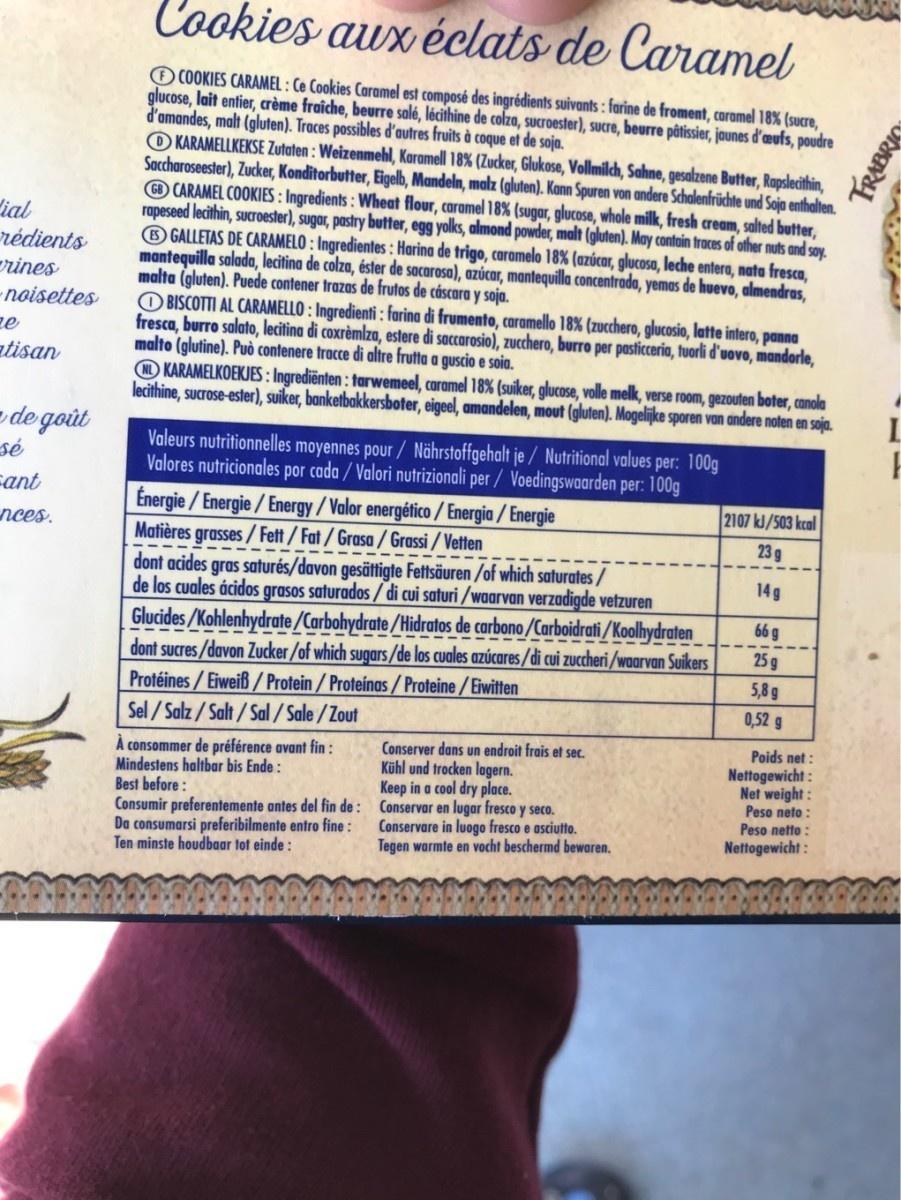
Cookies aux éclats de Caramel
O C0OKIES CARAMEL : Ce Cookies Caramel est composé des ingrédients suivants : farine de froment, caramel 18% (sucre, glucose, lait entier, crème fraîche, beurre salé, lécithine de colza, sucroester), sucre, beurre pâtissier, jaunes d'æufs, poudre d'amandes, malt (gluten). Traces possibles d'autres fruits à coque et de soja. O KARAMELLKEKSE Zutaten : Weizenmehl, Karamell 18% (Zucker, Glukose, Vollmilch, Sahne, gesalzene Butter, Rapslecithin, Saccharoseester), Zucker, Konditorbutter, Eigelb, Mandeln, malz (gluten). Kann Spuren von andere Schalenfrüchte und Soja enthalten. O CARAMEL COOKIES : Ingredients : Wheat flour, caramel 18% (sugar, glucose, whole milk, fresh cream, salted butter, rapeseed lecithin, sucroester), sugar, pastry butter, egg yolks, almond powder, malt (gluten). May contoin traces of other nuts and soy. 6 GALLETAS DE CARAMELO : Ingredientes : Harina de trigo, caromelo 18% (azúcar, glucosa, leche entera, nata fresca, mantequilla salada, lecitina de colza, éster de sacarosa), azúcar, mantequilla concentrada, yemas de huevo, almendras, malta (gluten). Puede contener trazas de frutos de cáscara y soja. OBISCOTTI AL CARAMELLO : Ingredienti : farina di frumento, caramello 18% (zucchero, glucosio, latte intero, panna fresca, burro salato, lecitina di coxrèmlza, estere di saccarosio), zucchero, burro per pasticceria, tuorli d'uovo, mandorle, malto (glutine). Può contenere tracce di altre frutta a guscio e soia. O KARAMELKOEKJES: Ingrediënten : tarwemeel, caramel 18% (suiker, glucose, volle melk, verse room, gezouten boter, canola lecithine, sucrose-ester), suiker, banketbakkersboter, eigeel, amandelen, mout (gluten). Mogelijke sporen van andere noten en soja.
ial rédients rines -noisettes ze
atisan
- de goût sé cant
Valeurs nutritionnelles moyennes pour/ Nährstoffgehalt je / Nutritional values per: 100g Valores nutricionales por cada / Valori nutrizionali per / Voedingswaarden per: 100g
Energie / Energie/Energy/Valor energético /Energia / Energie Matières grasses/ Fett/ Fat/Grasa / Grassi / Vetten dont acides gras saturés/davon gesättigte Fettsäuren /of which saturates/ de los cuales ácidos grasos saturados / di cui saturi /waarvan verzadigde vetzuren Glucides/Kohlenhydrate /Carbohydrate/Hidratos de carbono /Carboidrati /Koolhydraten dont sucres/davon Zucker/of which sugars/de los cuales azúcares/di cui zuccheri /waarvan Suikers Protéines / Eiweiß / Protein/Proteinas/Proteine/Eiwitten Sel / Salz / Salt / Sal / Sale / Zout
2107 kJ/503 kcal
nces.
23 g
14g
66 g
25 g
5,8 g
0,52 g
Conserver dans un endroit frais et sec. Kühl und trocken lagern. Keep in a cool dry place.
Poids net :
À consommer de préférence avant fin : Mindestens haltbar bis Ende : Best before : Consumir preferentemente antes del fin de : Conservar en lugar fresco y seco. Da consumarsi preferibilmente entro fine: Ten minste houdbaar tot einde :
Nettogewicht : Net weight : Peso neto : Peso netto :
Conservare in luogo fresco e asciutto. Tegen warmte en vocht beschermd bewaren.
Nettogewicht :
TRABRIC